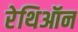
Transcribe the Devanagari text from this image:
रेथिऑन